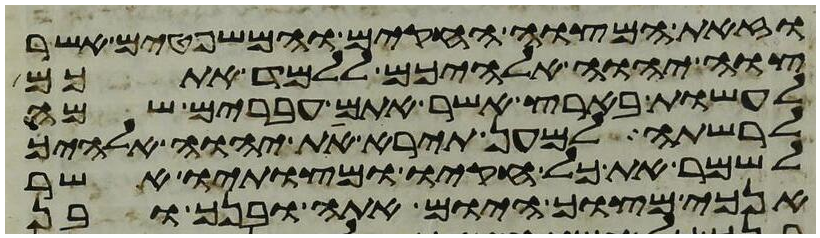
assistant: וזאת המצוה החקים והמשפטים אשר
צוה יהוה אלהיכם ללמד אתכם
לעשות בארץ אשר אתם עברים שמה
לרשתה למען תירא את יהוה אלהיך
לשמר את כל חקיו ומצותיו אשר
אנכי מצוך היום אתה ובנך ובן